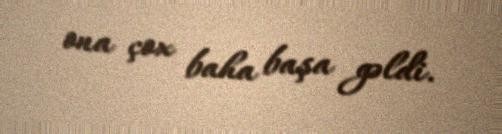
ona çox baha başa gəldi.